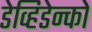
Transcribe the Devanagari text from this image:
डेव्हिडेन्को